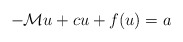
\begin{align*}-\mathcal{M}u+cu+f(u)=a\end{align*}